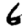
Digit: 6